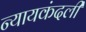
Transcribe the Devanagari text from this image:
न्यायकंदली